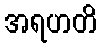
အရဟတိ